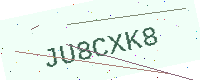
Text: JU8CXK8